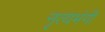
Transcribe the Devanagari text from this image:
नृत्यभंगी